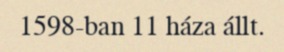
1598-ban 11 háza állt.